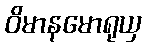
ဝိမာနမောရုယှ